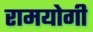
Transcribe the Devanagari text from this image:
रामयोगी